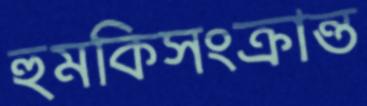
হুমকিসংক্রান্ত